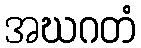
အဃဂတံ